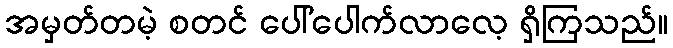
အမှတ်တမဲ့ စတင် ပေါ်ပေါက်လာလေ့ ရှိကြသည်။